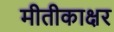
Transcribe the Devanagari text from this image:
मीतीकाक्षर